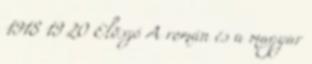
1918 19 20 Elõszó A román és a magyar